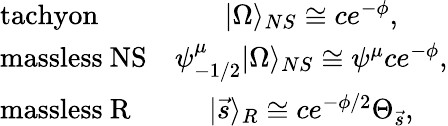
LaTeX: \left.\begin{array}{lc}{{\mathrm{tachyon}}}&{{|\Omega\rangle_{NS}\cong ce^{-\phi},}}\\ {{\mathrm{massless~NS}}}&{{\psi_{-1/2}^{\mu}|\Omega\rangle_{NS}\cong\psi^{\mu}ce^{-\phi},}}\\ {{\mathrm{massless~R}}}&{{|\vec{s}\rangle_{R}\cong ce^{-\phi/2}\Theta_{\vec{s}},}}\end{array}\right.